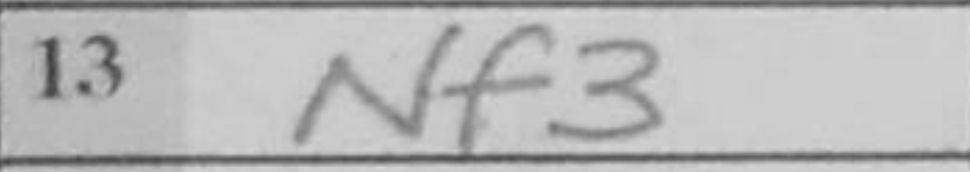
Transcription: Nf3